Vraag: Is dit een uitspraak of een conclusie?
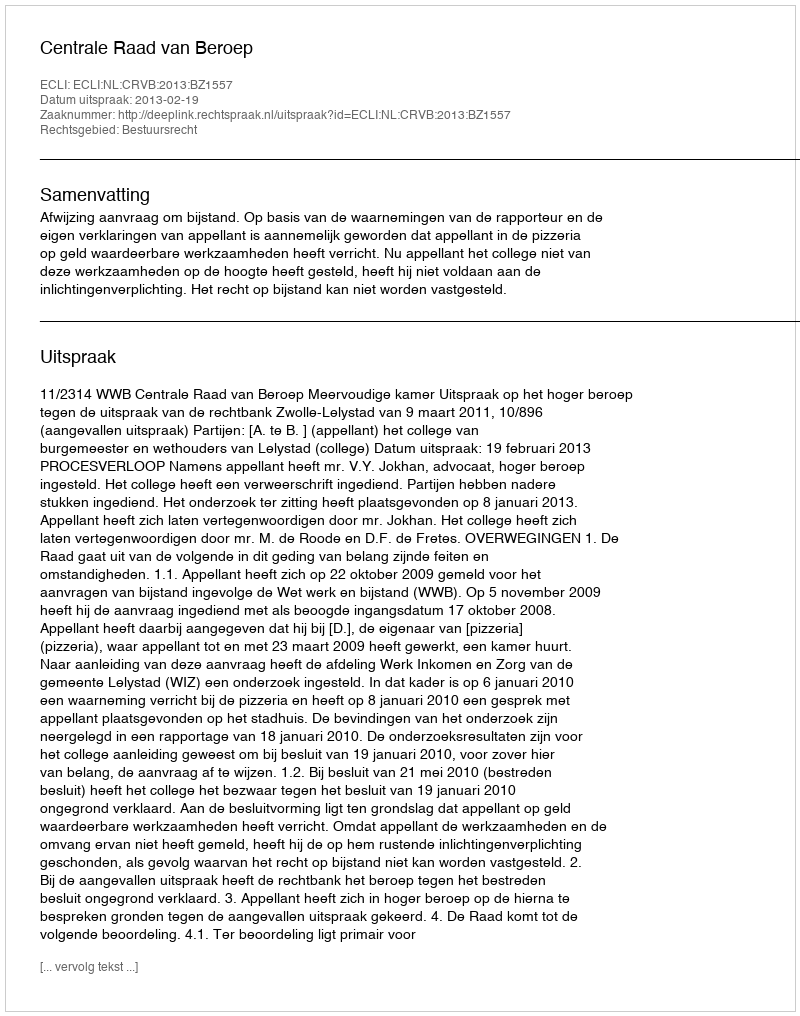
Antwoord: Uitspraak